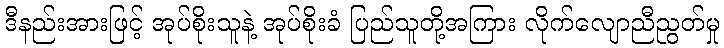
ဒီနည်းအားဖြင့် အုပ်စိုးသူနဲ့ အုပ်စိုးခံ ပြည်သူတို့အကြား လိုက်လျောညီညွတ်မှု